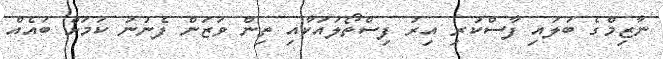
ނާޒިމްގެ ބަލައި ފާސްކުރި އިރު ފިސްތޯލައަކާއި ތިން ވަޒަން ފެނުނު ކަމަށް ބައެއް